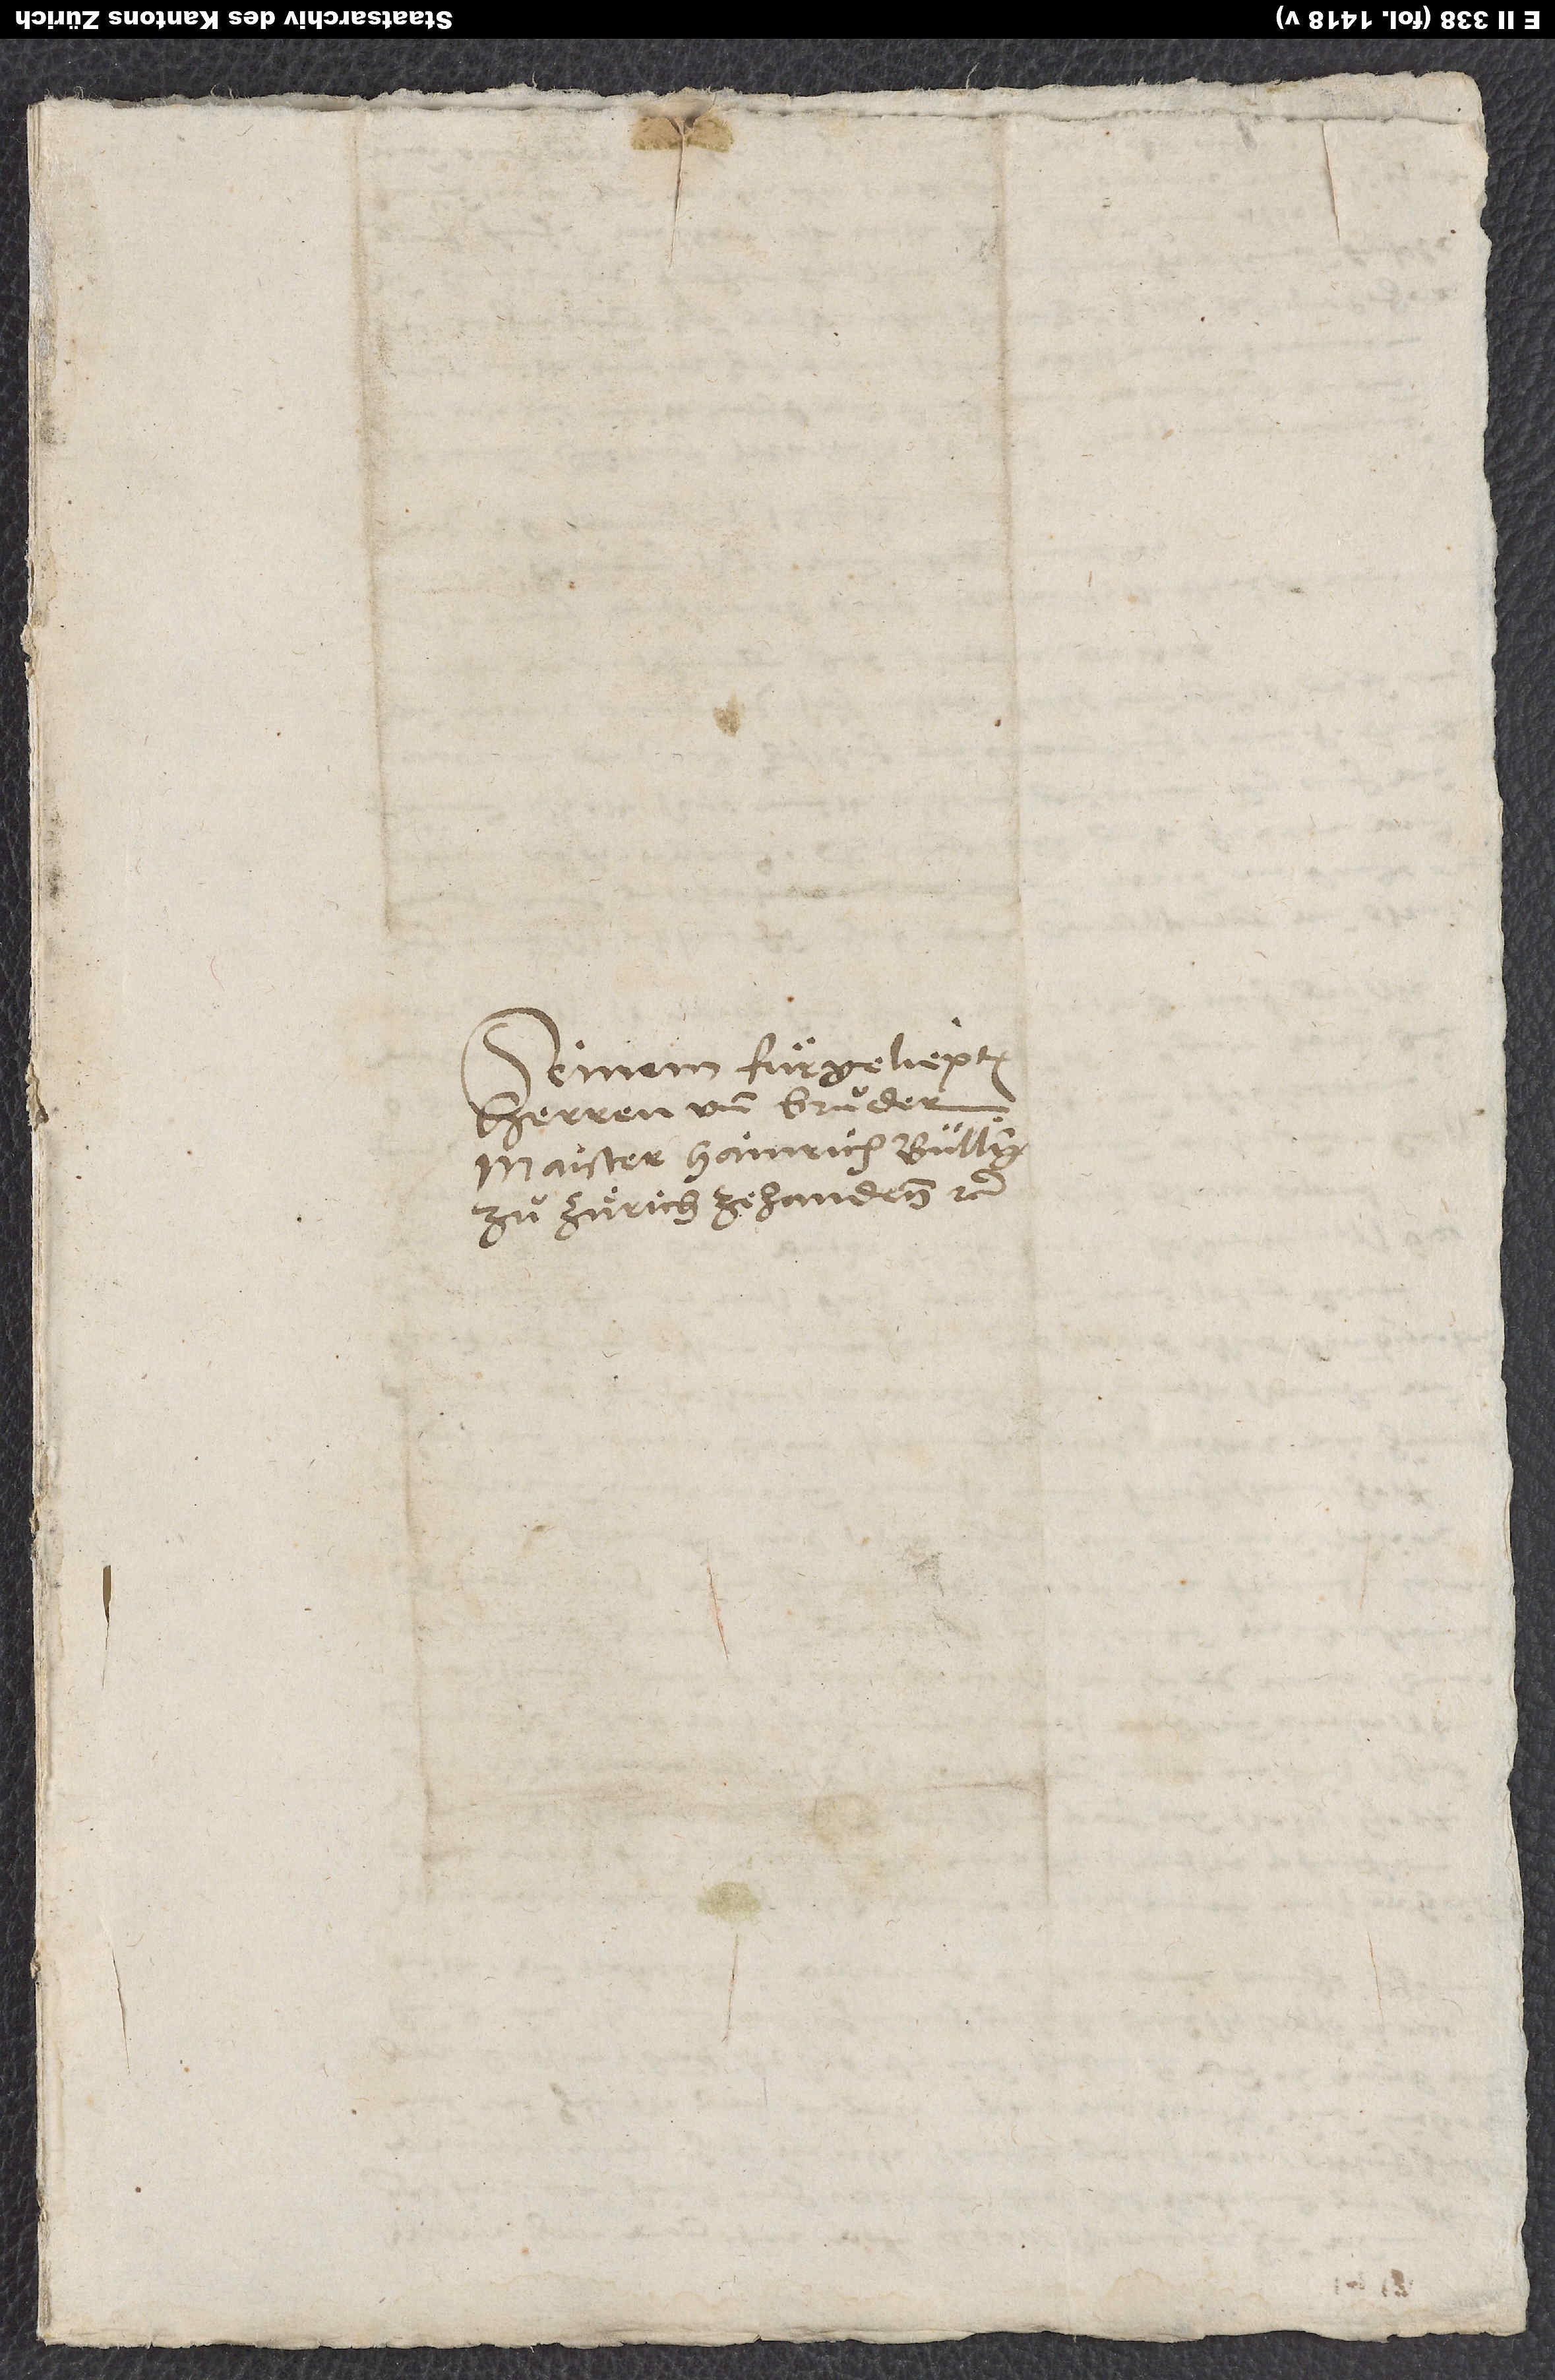
Seinem fuͤrgeliepten
herren und bruͦder,
maister Hainrich Bulling
zuͦ Zuͤrich ze handenn, etc.